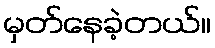
မှတ်နေခဲ့တယ်။